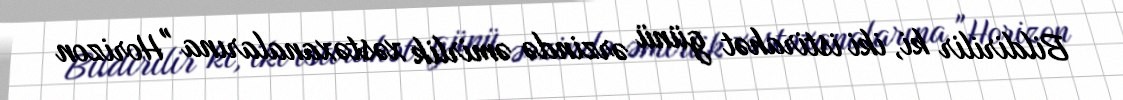
Bildirilir ki, iki istirahət günü ərzində əmirlik xəstəxanalarına "Horizon